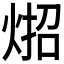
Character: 𪸳